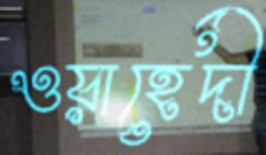
ওয়াহেদী